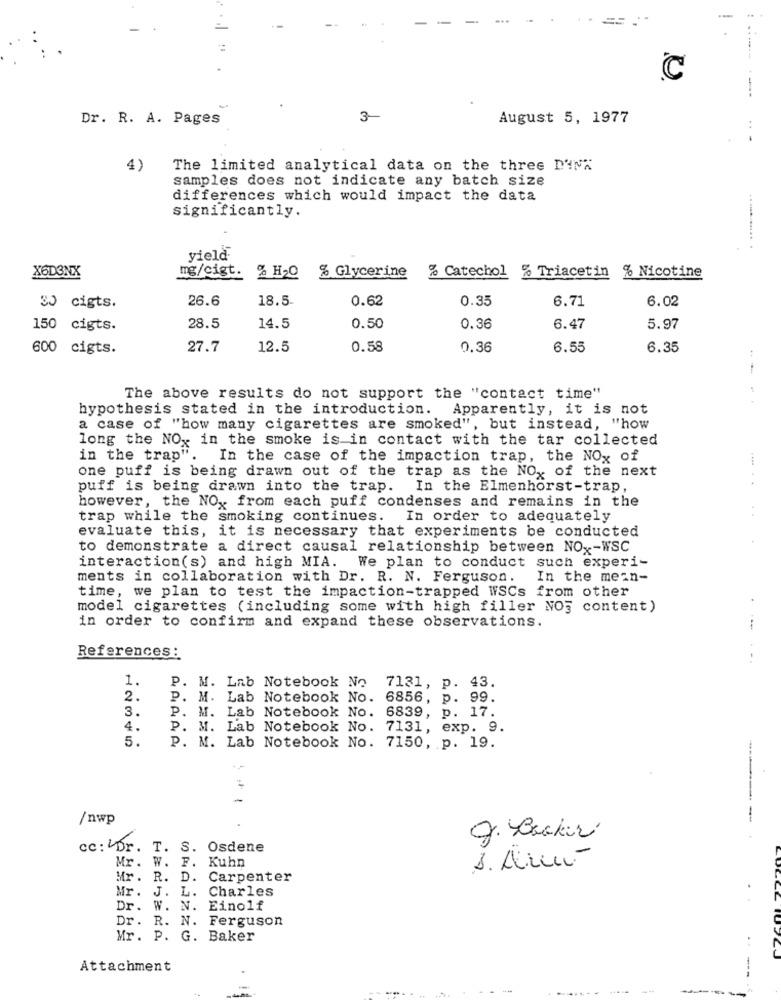
--
-----
C
---
Dr. R. A. Pages
3-
August 5, 1977
..
4)
The limited analytical data on the three DINA
samples does not indicate any batch size
differences which would impact the data
significantly.
...........
yield
X6D3NX
mg/cigt.
% H20
% Glycerine
% Catechol % Triacetin
% Nicotine
26.6
18.5
0.62
0.35
6.71
6.02
30 cigts.
150 cigts.
28.5
14.5
0.50
0.36
6.47
5.97
600 cigts.
27.7
12.5
0.58
0.36
6.55
6.35
The above results do not support the "contact time"
hypothesis stated in the introduction.
Apparently, it is not
a case of "how many cigarettes are smoked", but instead, "how
long the NOx in the smoke is in contact with the tar collected
in the trap". In the case of the impaction trap, the NOx of
one puff is being drawn out of the trap as the NOx of the next
puff is being drawn into the trap. In the Elmenhorst-trap,
however, the NO, from each puff condenses and remains in the
trap while the smoking continues. In order to adequately
evaluate this, it is necessary that experiments be conducted
to demonstrate a direct causal relationship between NO -- WSC
interaction(s) and high MIA. We plan to conduct such experi-
ments in collaboration with Dr. R. N. Ferguson.
In the mean-
time, we plan to test the impaction-trapped WSCs from other
model cigarettes (including some with high filler NO] content)
in order to confirm and expand these observations.
References :
1.
P. M. Lab Notebook No
7131, p. 43.
2.
P. M. Lab Notebook No. 6856, p. 99.
3.
P. M. Lab Notebook No. 6839, p. 17.
4.
P. M. Lab Notebook No. 7131, exp. 9.
5.
P. M. Lab Notebook No. 7150, p. 19.
-
/nwp
J. Becker
cc: Dr. T. S. Osdene
Mr. W. F. Kuhn
1. Au-
Mr .
R. D. Carpenter
Mr. J. L.
Charles
Dr. W. N. Einolf
Dr. R. N. Ferguson
Mr. P. G. Baker
Attachment